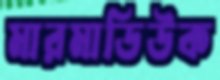
মারমাডিউক